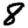
Digit: 8